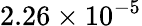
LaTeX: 2.26\times 10^{-5}